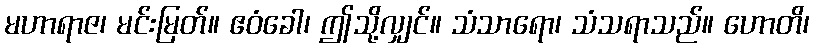
မဟာရာဇ၊ မင်းမြတ်။ ဧဝံခေါ၊ ဤသို့လျှင်။ သံသာရော၊ သံသရာသည်။ ဟောတိ၊